Lock hospitals Punjab
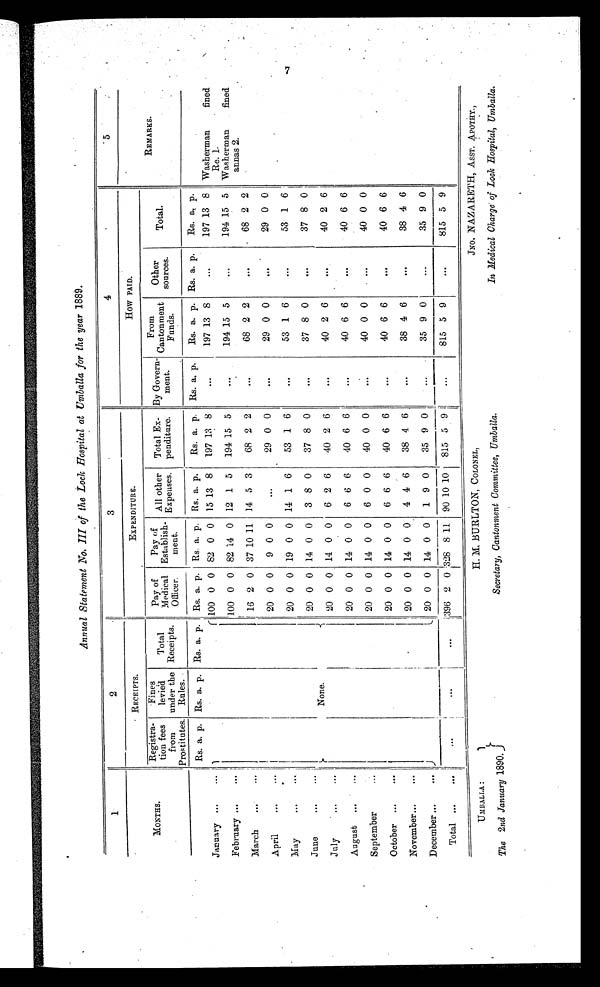
U M B A L L A :
The 2nd January 1890.
H. BURLTON, COLONEL,
Secretary, Cantonment Committee, Umballa.
JNO. NAZARETH, ASST. APOTHY.,
In Medical Charge of Lock Hospital, Umballa.
Annual Statement No. III of the Lock Hospital at Umballa for the year 1889.
1
2
3
4
5
MONTHS.
RECEIPTS.
EXPENDITURE.
How PAID.
REMARKS.
Registra-
tion fees
from
Prostitutes.
Fine
levied
under the
Rules.
Tot al Recei pt s .
Pay of
Medical
Officer.
Pay of
Establish-
m e n t .
All other
Expenses.
Total Ex-
penditure.
By Govern-
m e n t .
From
Cantonment
Funds.
Other
sources.
Total.
Rs. a. p. Rs. a. p. Rs. a. p. Rs. a. p. Rs. a. p. Rs. a. p.
Rs. a. p. Rs. a. p.
Rs. a. p. Rs. a. p.
Rs. a. p.
Washerman
fined
Re. 1.
Washerman
fined
annas 2.
January ...
...
100 0 0 82 0 0 15 13 8
197 13 8
. . .
197 13 8
. . . 197 13 8
February ...
. . .
100 0 0 82 14 0 12 1 5
194 15 5
...
194 15 5
...
194 15 5
March
...
...
16 2 0 37 10 11 14 5 3
68 2 2
. . .
68 2 2
. . . 68 2 2
April
...
...
20 0 0
9 0 0
...
29 0 0
. . .
29 0 0
...
29 0 0
May
...
. . .
20 0 0 19 0 0 14 1 6
53 1 6
...
53 1 6
. . . 53 1 6
June
...
...
None.
20 0 0 14 0 0
3 8 0
37 8 0
. . .
37 8 0
. . . 37 8 0
July
...
...
20 0 0 14 0 0
6 2 6
40 2 6
. . .
40 2 6
. . . 40 2 6
August ...
...
20 0 0 14 0 0
6 6 6
40 6 6
. . .
40 6 6
...
40 6 6
September
...
2 0 0 0 14 0 0
6 0 0
40 0 0
. . .
40 0 0
. . . 40 0 0
October ...
. . .
20 0 0 14 0 0
6 6 6
40 6 6
. . .
40 6 6
. . . 40 6 6
November...
...
20 0 0 14 0 0
4 4 6
38 4 6
. . .
38 4 6
. . . 38 4 6
December ...
...
20 0 0 14 0 0
1 9 0
35 9 0
35 9 0
...
35 9 0
Total ...
...
...
. . .
...
396 2 0 328 8 11 90 10 10
815 5 9
...
815 5 9
...
815 5 9